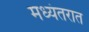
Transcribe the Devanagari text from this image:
मध्यंतरात